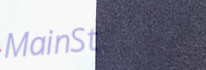
MainSt